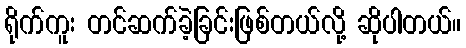
ရိုက်ကူး တင်ဆက်ခဲ့ခြင်းဖြစ်တယ်လို့ ဆိုပါတယ်။